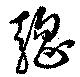
驄